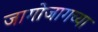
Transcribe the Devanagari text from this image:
जागोजागच्या